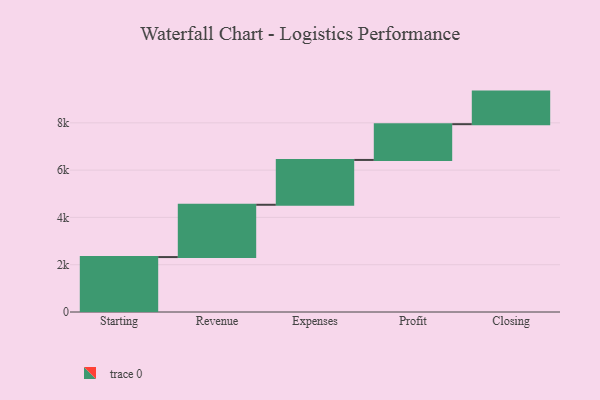
{"axis": {"x": "Step", "y": "Value"}, "legend": [""], "data": [{"x": "Starting", "y": 2323.0, "type": ""}, {"x": "Revenue", "y": 2212.0, "type": ""}, {"x": "Expenses", "y": 1896.0, "type": ""}, {"x": "Profit", "y": 1512.0, "type": ""}, {"x": "Closing", "y": 1378.0, "type": ""}]}